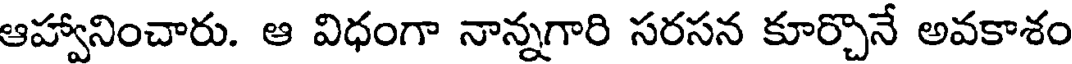
ఆహ్వానించారు. ఆ విధంగా నాన్నగారి సరసన కూర్చొనే అవకాశం